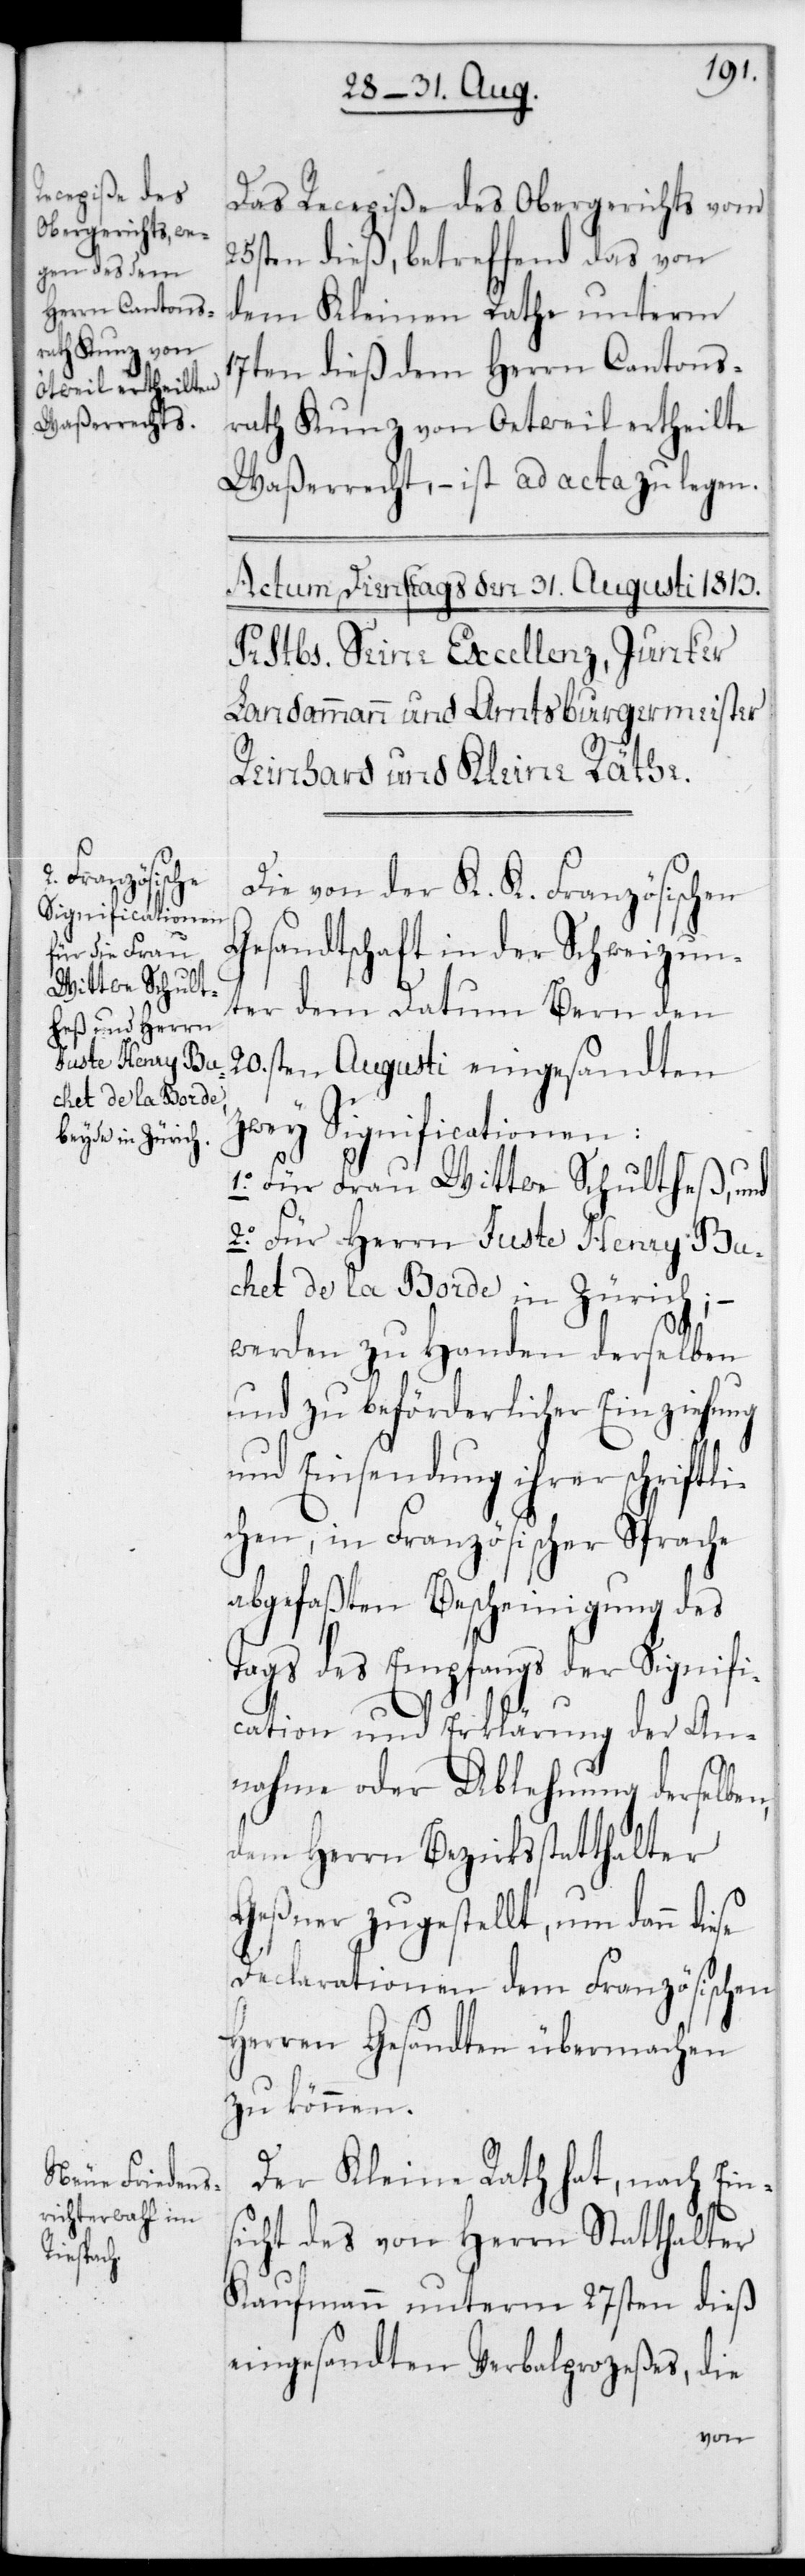
rath Kunz von

Das Recepiße des Obergerichts vom
25sten dieß, betreffend das von
dem Kleinen Rathe unterm
17ten dieß dem Herrn Cantons¬
Waßerrecht, – ist ad acta zu legen.
Die von der K. K. Französischen
Gesandtschaft in der Schweiz un¬
ter dem Datum Bern den
20sten Augusti eingesandten
zwey Significationen:
1.Für Frau Wittwe Schultheß, und
2. für Herrn Juste Henry Bu¬
chet de la Borde in Zürich, –
n,
werden zu Handen derselben
und zu beförderlicher Einziehung
und Einsendung ihrer schrif¬
chen, in Französischer Sprache
abgefaßten Bescheinigung des
Tags des Empfangs der Signifi¬
cation und Erklärung der An¬
nahme oder Ablehnung derselbe¬
dem Herrn Bezirksstatthalter
Geßner zugestellt, um dann diese
Declarationen dem Französischen
Herren Gesandten übermachen
zu können.
Der Kleine Rath hat, nach Eins¬
icht des von Herrn Statthalter
Kaufmann unterm 27sten dieß
eingesandten Verbalprozeßes, die